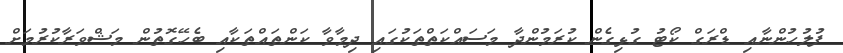
ފުލުހުންނާއި ޑްރަގް ކޯޓު ގުޅިގެން ކުރަމުންދާ މަސައްކަތްތަކުގައި ދިމާވާ ކަންތައްތަކާއި ބެހޭގޮތުން މަޝްވަރާކުރުމަށް